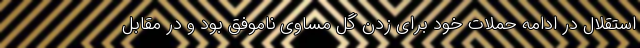
استقلال در ادامه حملات خود برای زدن گل مساوی ناموفق بود و در مقابل